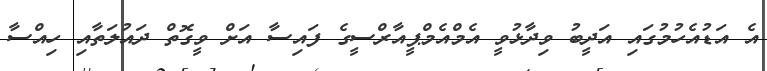
އެ އަޑުއެހުމުގައި އަދީބު ވިދާޅުވީ އެމްއެމްޕީއާރްސީގެ ފައިސާ އަށް ވީގޮތް ދައުލަތާއި ހިއްސާ